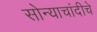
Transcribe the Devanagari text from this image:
सोन्याचांदीचे